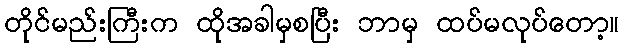
တိုင်မည်းကြီးက ထိုအခါမှစပြီး ဘာမှ ထပ်မလုပ်တော့။